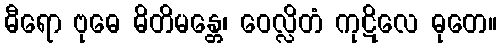
ဓီရော ဗုဓေ ဓိတိမန္တေ၊ ဝေလ္လိတံ ကုဋိလေ ဓုတေ။